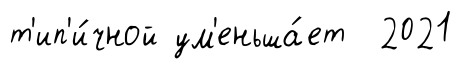
т'ип'и́чной ум'еньша́ет 2021